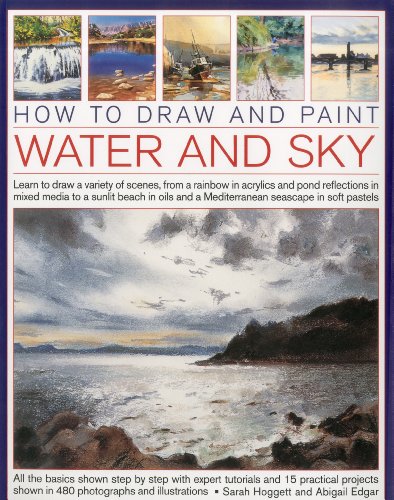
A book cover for How to Draw and Paint Water and Sky: Learn to draw a variety of scenes, from a rainbow in acrylics and pond reflections in mixed media to a sunlit ... and a Mediterranean seascap in soft pastels; Sarah Hoggett; Arts & Photography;